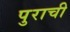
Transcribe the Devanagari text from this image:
पुराची